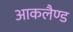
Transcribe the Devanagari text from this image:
आकलैण्ड